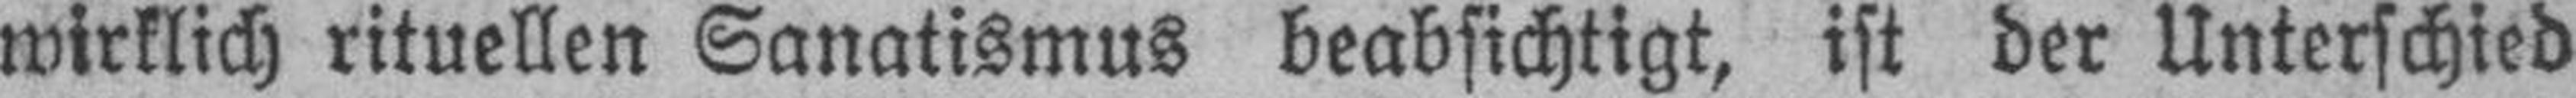
wirklich rituellen Sanatismus beabsichtigt, ist der Unterschied